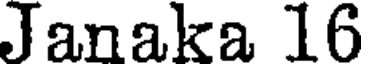
Janaka 16